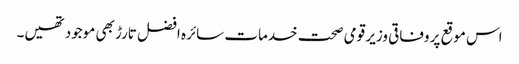
اس موقع پر وفاقی وزیر قومی صحت خدمات سائرہ افضل تارڑ بھی موجود تھیں۔